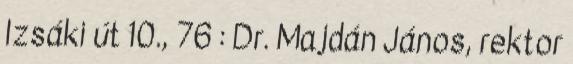
Izsáki út 10., 76 : Dr. Majdán János, rektor